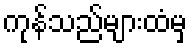
ကုန်သည်များထံမှ